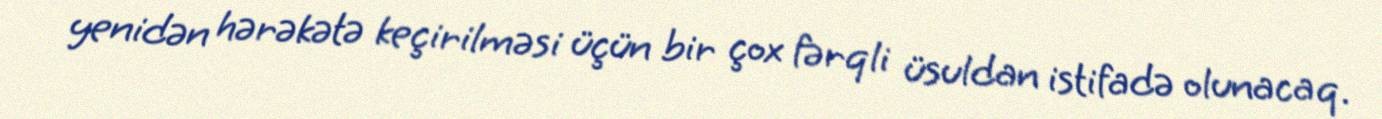
yenidən hərəkətə keçirilməsi üçün bir çox fərqli üsuldan istifadə olunacaq.